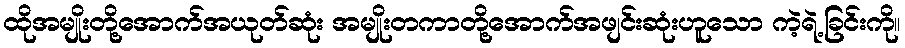
ထိုအမျိုးတို့အောက်အယုတ်ဆုံး အမျိုးတကာတို့အောက်အဖျင်းဆုံးဟူသော ကဲ့ရဲ့ခြင်းကို။